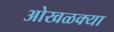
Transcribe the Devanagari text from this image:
ओखळक्या